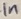
Text: 1n